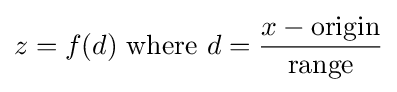
z=f(d){\text{ where }}d={\frac {x-{\text{origin}}}{\text{range}}}